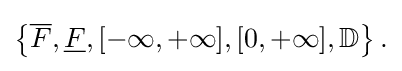
{\textstyle \left\{{\overline {F}},{\underline {F}},[-\infty ,+\infty ],[0,+\infty ],\mathbb {D} \right\}.}